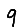
Digit: 9